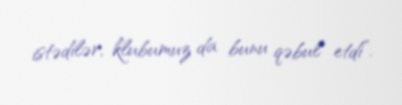
istədilər, klubumuz da bunu qəbul etdi”.